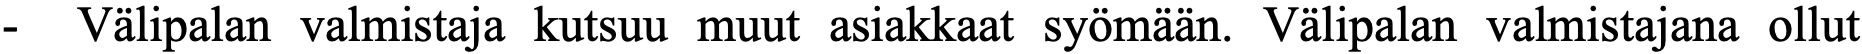
- Välipalan valmistaja kutsuu muut asiakkaat syömään. Välipalan valmistajana ollut